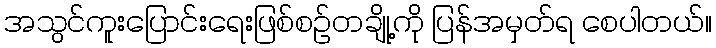
အသွင်ကူးပြောင်းရေးဖြစ်စဉ်တချို့ကို ပြန်အမှတ်ရ စေပါတယ်။